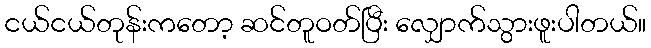
ငယ်ငယ်တုန်းကတော့ ဆင်တူဝတ်ပြီး လျှောက်သွားဖူးပါတယ်။